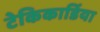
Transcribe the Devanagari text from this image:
टेकिकार्डिया